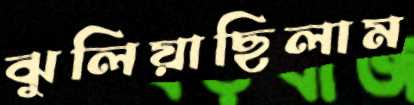
ঝুলিয়াছিলাম